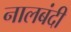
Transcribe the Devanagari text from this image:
नालबंदी